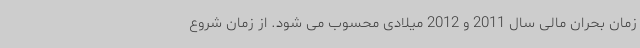
زمان بحران مالی سال 2011 و 2012 میلادی محسوب می شود. از زمان شروع